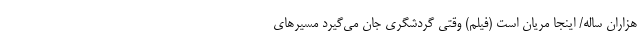
هزاران ساله/ اینجا مریان است (فیلم) وقتی گردشگری جان می‌گیرد مسیر‌های